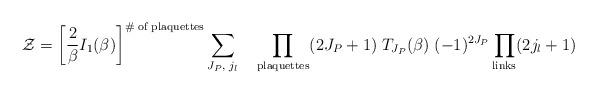
LaTeX: \begin{align*}{\cal Z}=\left[\frac{2}{\beta}I_1(\beta)\right]^{\#{\rm\;of\;plaquettes}}\sum_{J_P,\;j_l}\quad\prod_{{\rm plaquettes}}(2J_P+1)\;T_{J_P}(\beta)\;(-1)^{2J_P}\prod_{{\rm links}} (2j_l+1)\end{align*}